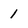
Character: 1